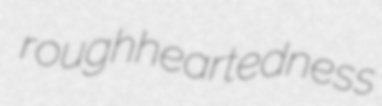
roughheartedness